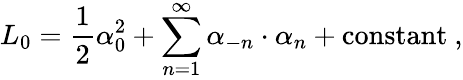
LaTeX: L_{0}={\frac{1}{2}}\alpha_{0}^{2}+\sum_{n=1}^{\infty}\alpha_{-n}\cdot\alpha_{n}+\mathrm{constant}\ ,